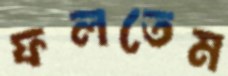
ফলতেম